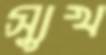
স্যুখ